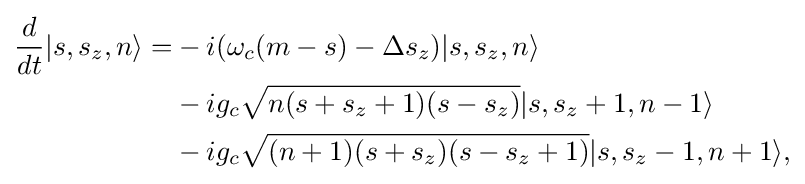
{\begin{aligned}{d \over dt}|s,s_{z},n\rangle =&{}-i(\omega _{c}(m-s)-\Delta s_{z})|s,s_{z},n\rangle \\&{}-ig_{c}{\sqrt {n(s+s_{z}+1)(s-s_{z})}}|s,s_{z}+1,n-1\rangle \\&{}-ig_{c}{\sqrt {(n+1)(s+s_{z})(s-s_{z}+1)}}|s,s_{z}-1,n+1\rangle ,\end{aligned}}